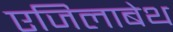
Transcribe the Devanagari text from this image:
एजिलाबेथ